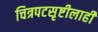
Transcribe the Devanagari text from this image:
चित्रपटसृष्टीलाही